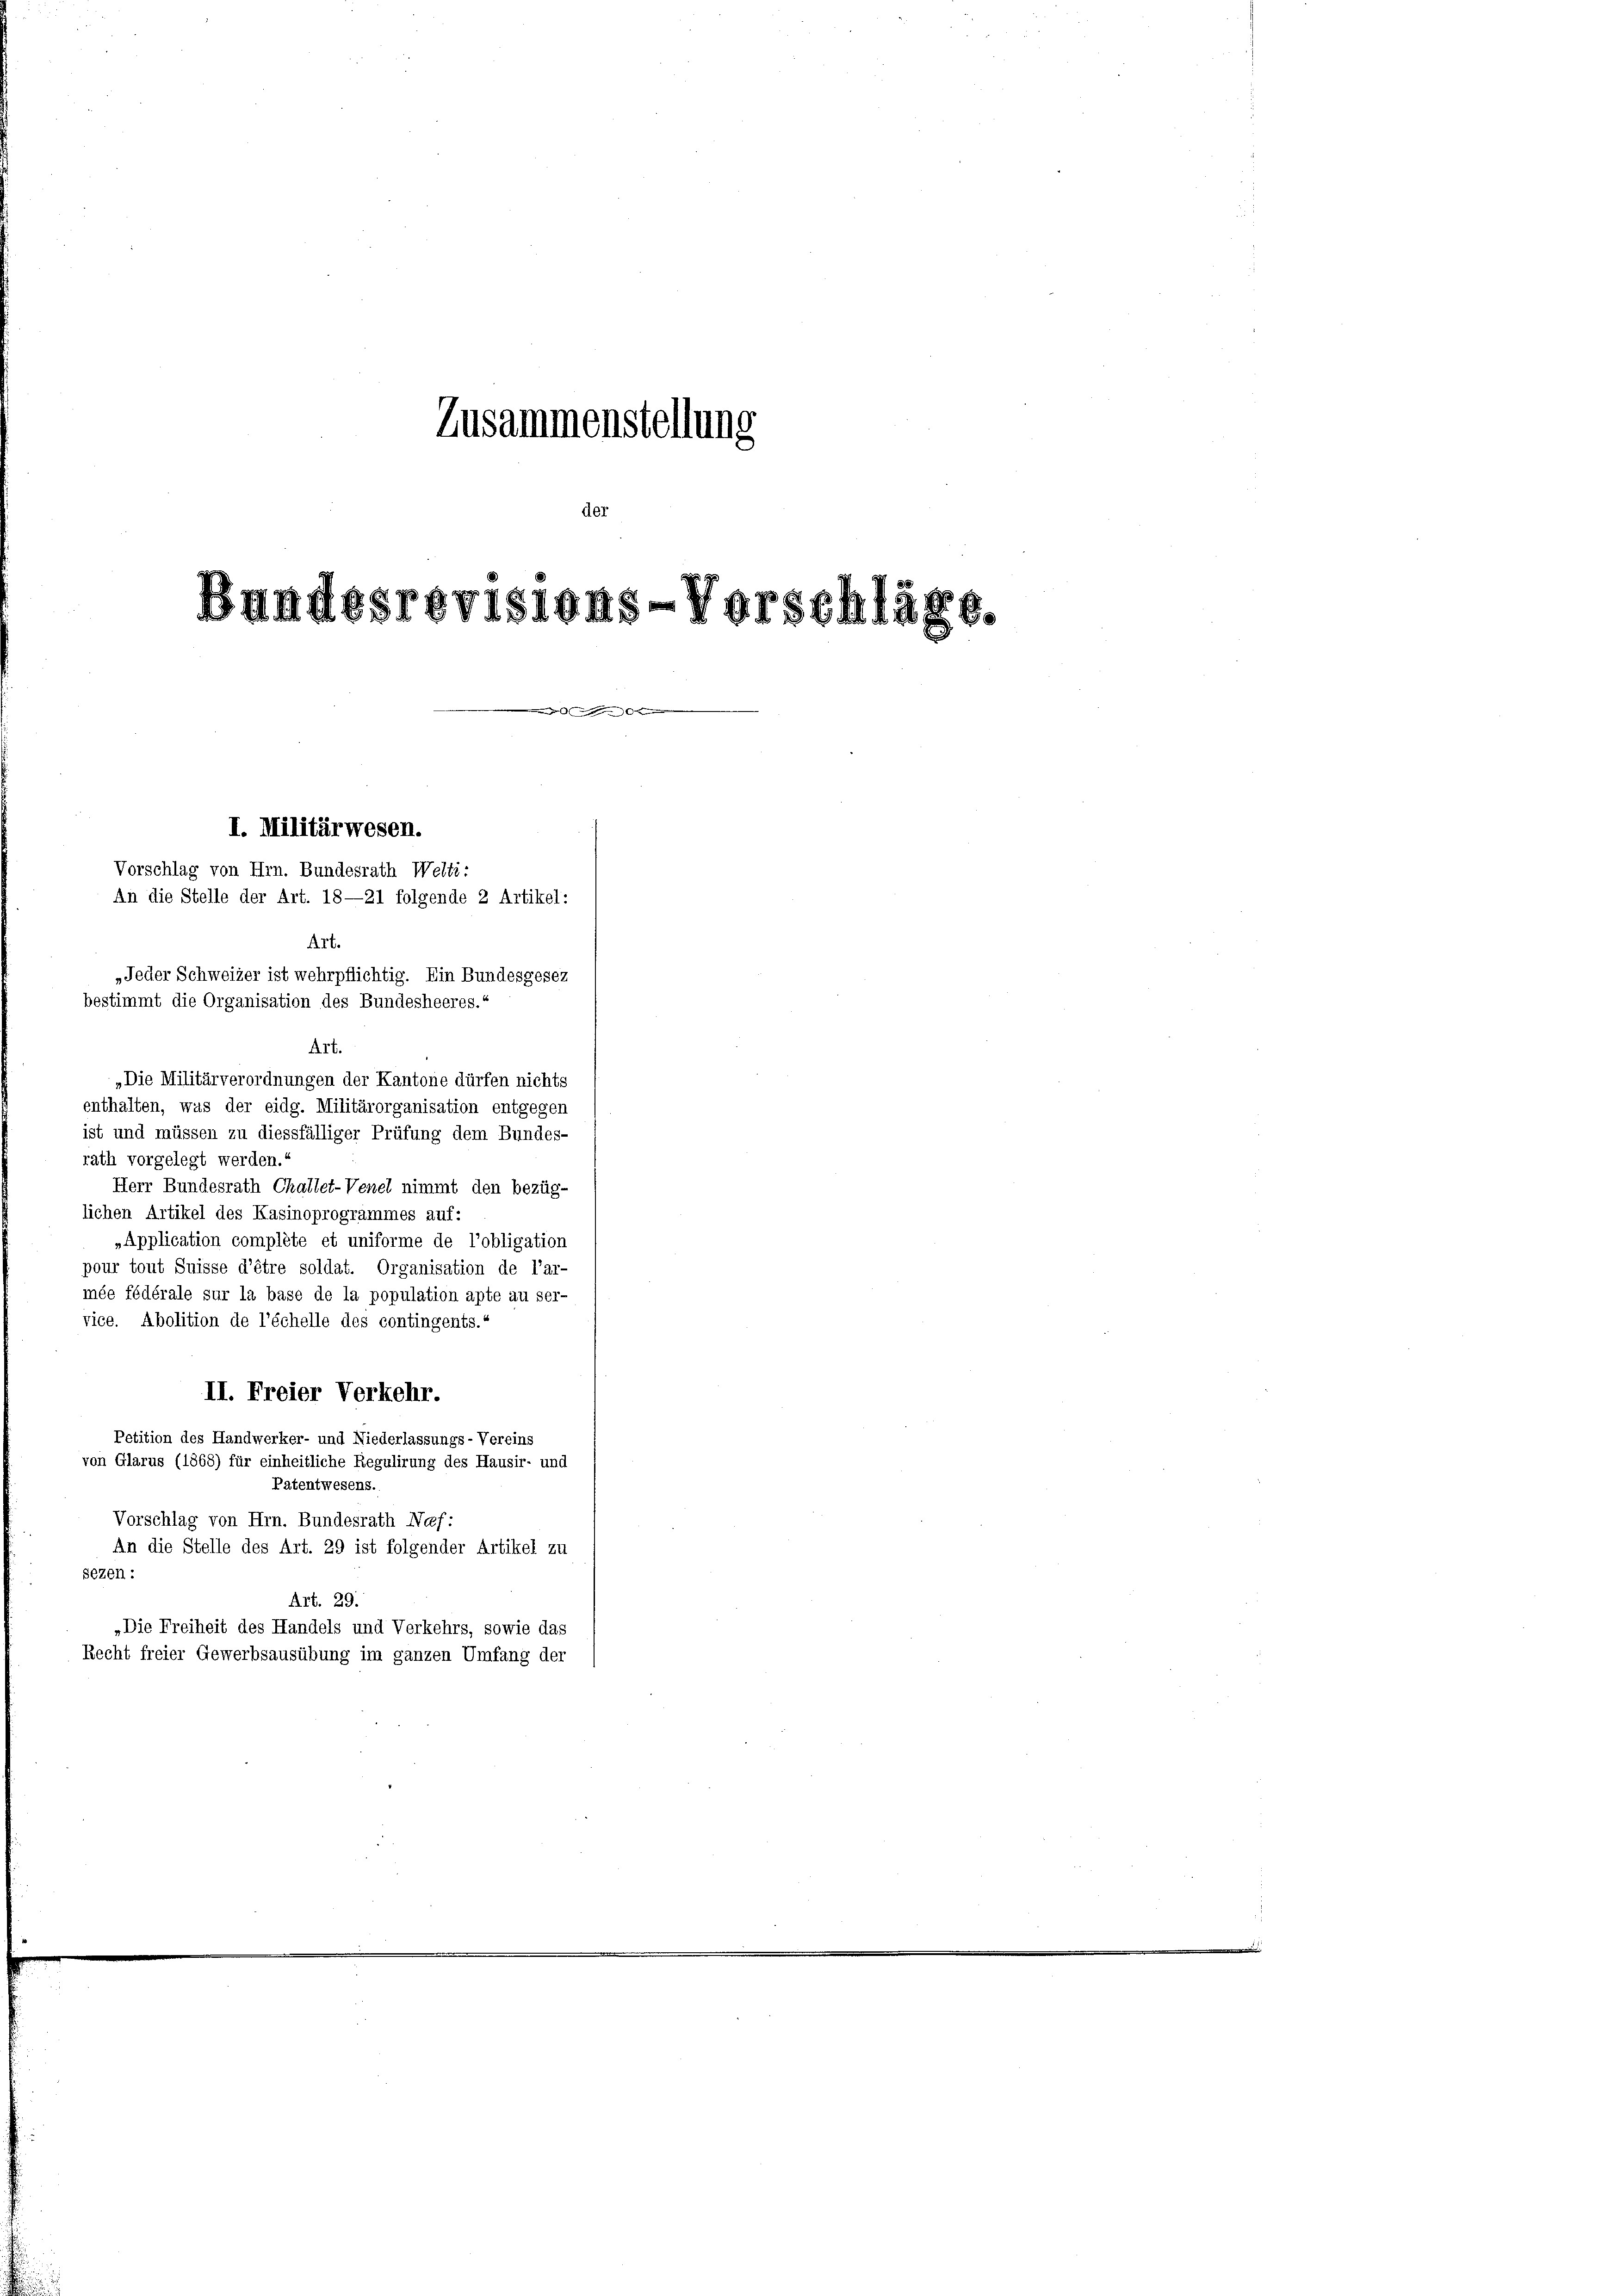
Zusammenstellung

Bundesrevisions-Vorschlä

I. Militärwesen.
Vorschlag von Hrn. Bundesrath Welti:
An die Stelle der Art. 18—21 folgende 2 Artikel:
Art.
„Jeder Schweizer ist wehrpflichtig. Ein Bundesgesez
bestimmt die Organisation des Bundesheeres.“

Art.
„Die Militärverordnungen der Kantone dürfen nichts
enthalten, was der eidg. Militärorganisation entgegen
ist und müssen zu diessfälliger Prüfung dem Bundes-
rath vorgelegt werden.
Herr Bundesrath Challet-Venel nimmt den bezüg-
lichen Artikel des Kasinoprogrammes auf:
„Application compléte et uniforme de l’obligation
pour tout Suisse d’être soldat. Organisation de l’ar-
mée fédérale sur la base de la population apte au ser-
vice. Abolition de l’échelle des contingents.“
II. Freier Verkehr.
Petition des Handwerker- und Niederlassungs-Vereins
von Glarus (1868) für einheitliche Regulirung des Hausir- und
Patentwesens.
Vorschlag von Hrn. Bundesrath Neef:
An die Stelle des Art. 29 ist folgender Artikel zu
sezen :
Art. 29.
„Die Freiheit des Handels und Verkehrs, sowie das
Recht freier Gewerbsausübung im ganzen Umfang der

s